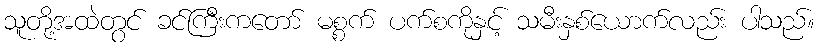
သူတို့အထဲတွင် ခင်ကြီးကတော် မစ္စက် ပက်စကိုနှင့် သမီးနှစ်ယောက်လည်း ပါသည်။